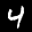
Label: 4